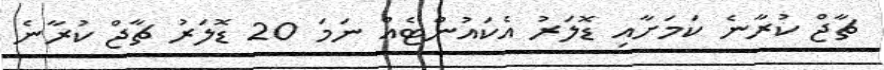
ޗާޖް ކުރާނެ ކަމަށާއި ޑޮލަރު އެކައުންޓެއް ނަމަ 20 ޑޮލަރު ޗާޖް ކުރާނެ